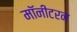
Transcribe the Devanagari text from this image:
मॉनीटरन